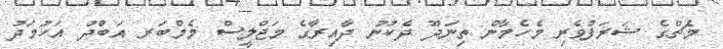
މެޗްގެ ޝަރަފްވެރި މެހެމާން ތިނަދޫ ދެކުނު ދާއިރާގެ މަޖްލީސް މެމްބަރ އަބްދު އަހުމަދު